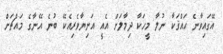
އޭގައިވާނެ ޙައްޤަކާ ނުލާ މީހަކާ ދިމާލަށް އެއީ އަނިޔާވެރިއެކޭ ބުނެ އޭނާގެ މައްޗަށް